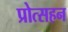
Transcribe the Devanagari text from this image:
प्रोत्सहन